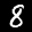
Label: 8